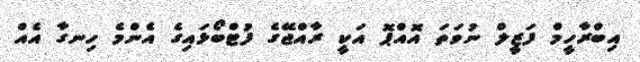
އިބްރާހީމް ފަޒީލް ނުވަތަ އޮއްޕޮ އަކީ ރާއްޖޭގެ ފުޓްބޯޅައިގެ އެންމެ ހިނގާ އެއް